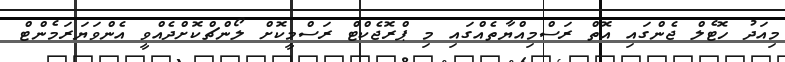
މިއަދު ހޮޓެލް ޖެންގައި އޮތް ރަސްމިއްޔާތެއްގައި މި ޕްރޮޖެކްޓް ރަސްމީކޮށް ލޯންޗްކޮށްދެއްވީ އެންވަޔަރަމެންޓް